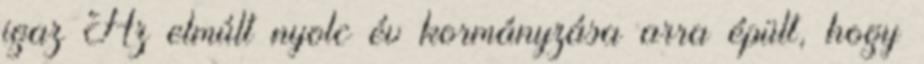
igaz Az elmúlt nyolc év kormányzása arra épült, hogy